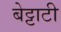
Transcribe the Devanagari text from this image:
बेट्टाटी